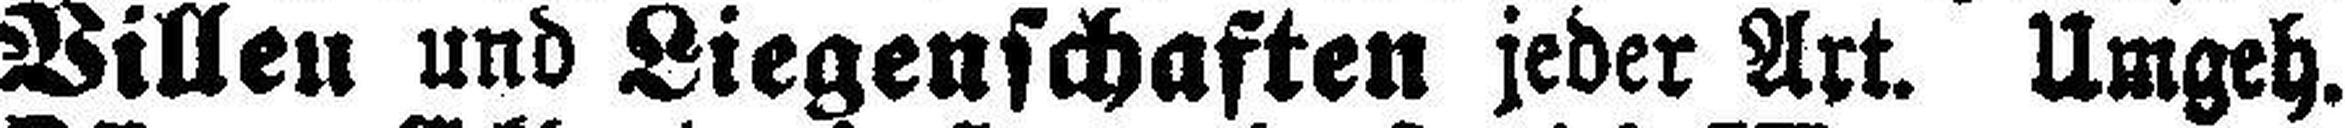
Villen und Liegenschaften jeder Art. Umgeh.